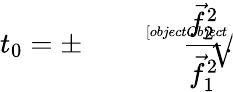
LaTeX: t_{0}=\pm{\sqrt[[objectObject]]{\frac{{\vec{f}}_{2}^{2}}{{\vec{f}}_{1}^{2}}}}.